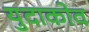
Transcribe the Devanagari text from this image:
युदाकोव